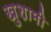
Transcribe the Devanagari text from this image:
खुशामी